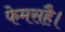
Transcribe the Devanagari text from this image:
फेमसहै।